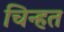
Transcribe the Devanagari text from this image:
चिन्हत